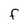
Character: F